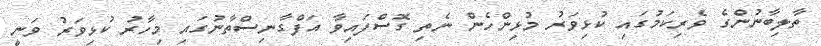
ތާލިބާނުންގެ ވެރިކަމުގައި ކުޅިވަރު މުޅިންހެން ނެތި ގޮސްފައިވާ އަފްގާނިސްތާނުގައި މިހާރު ކުޅިވަރު ވަނީ